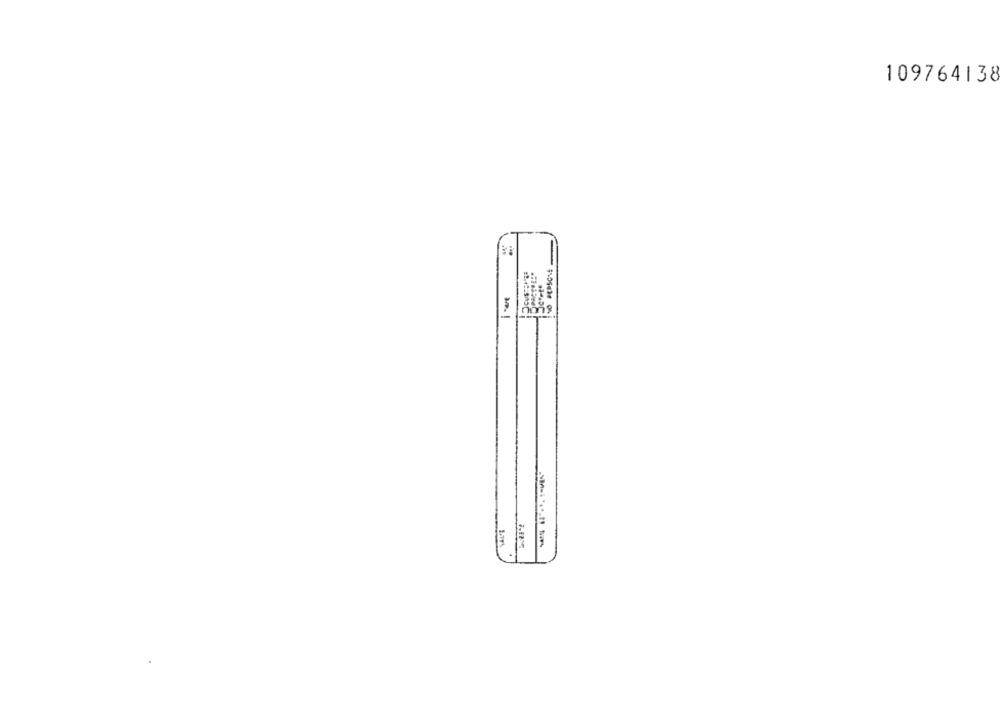
109764138